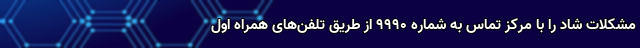
مشکلات شاد را با مرکز تماس به شماره ۹۹۹۰ از طریق تلفن‌های همراه اول